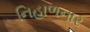
નિહાળનાર